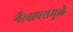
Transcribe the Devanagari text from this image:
गैरवापरामुळे